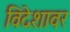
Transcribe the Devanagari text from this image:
विदेशावर